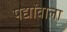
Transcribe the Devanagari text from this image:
पद्योंवाला